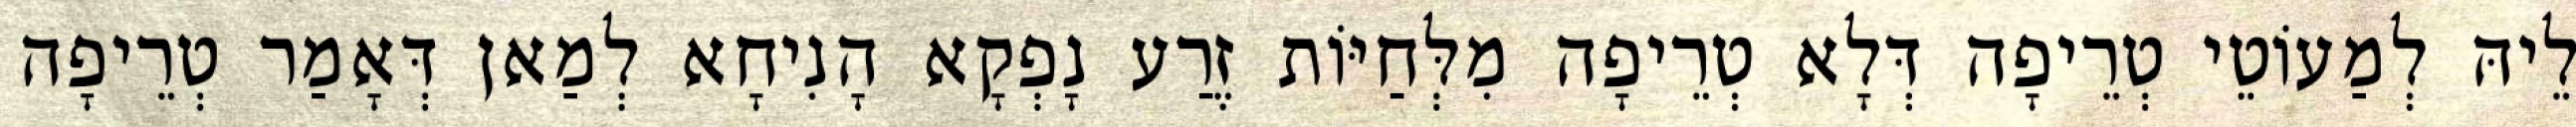
לֵיהּ לְמַעוֹטֵי טְרֵיפָה דְּלָא טְרֵיפָה מִלְּחַיּוֹת זֶרַע נָפְקָא הָנִיחָא לְמַאן דְּאָמַר טְרֵיפָה